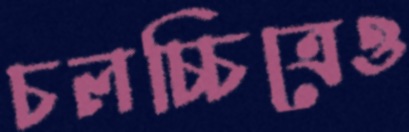
চলচ্চিত্রেও